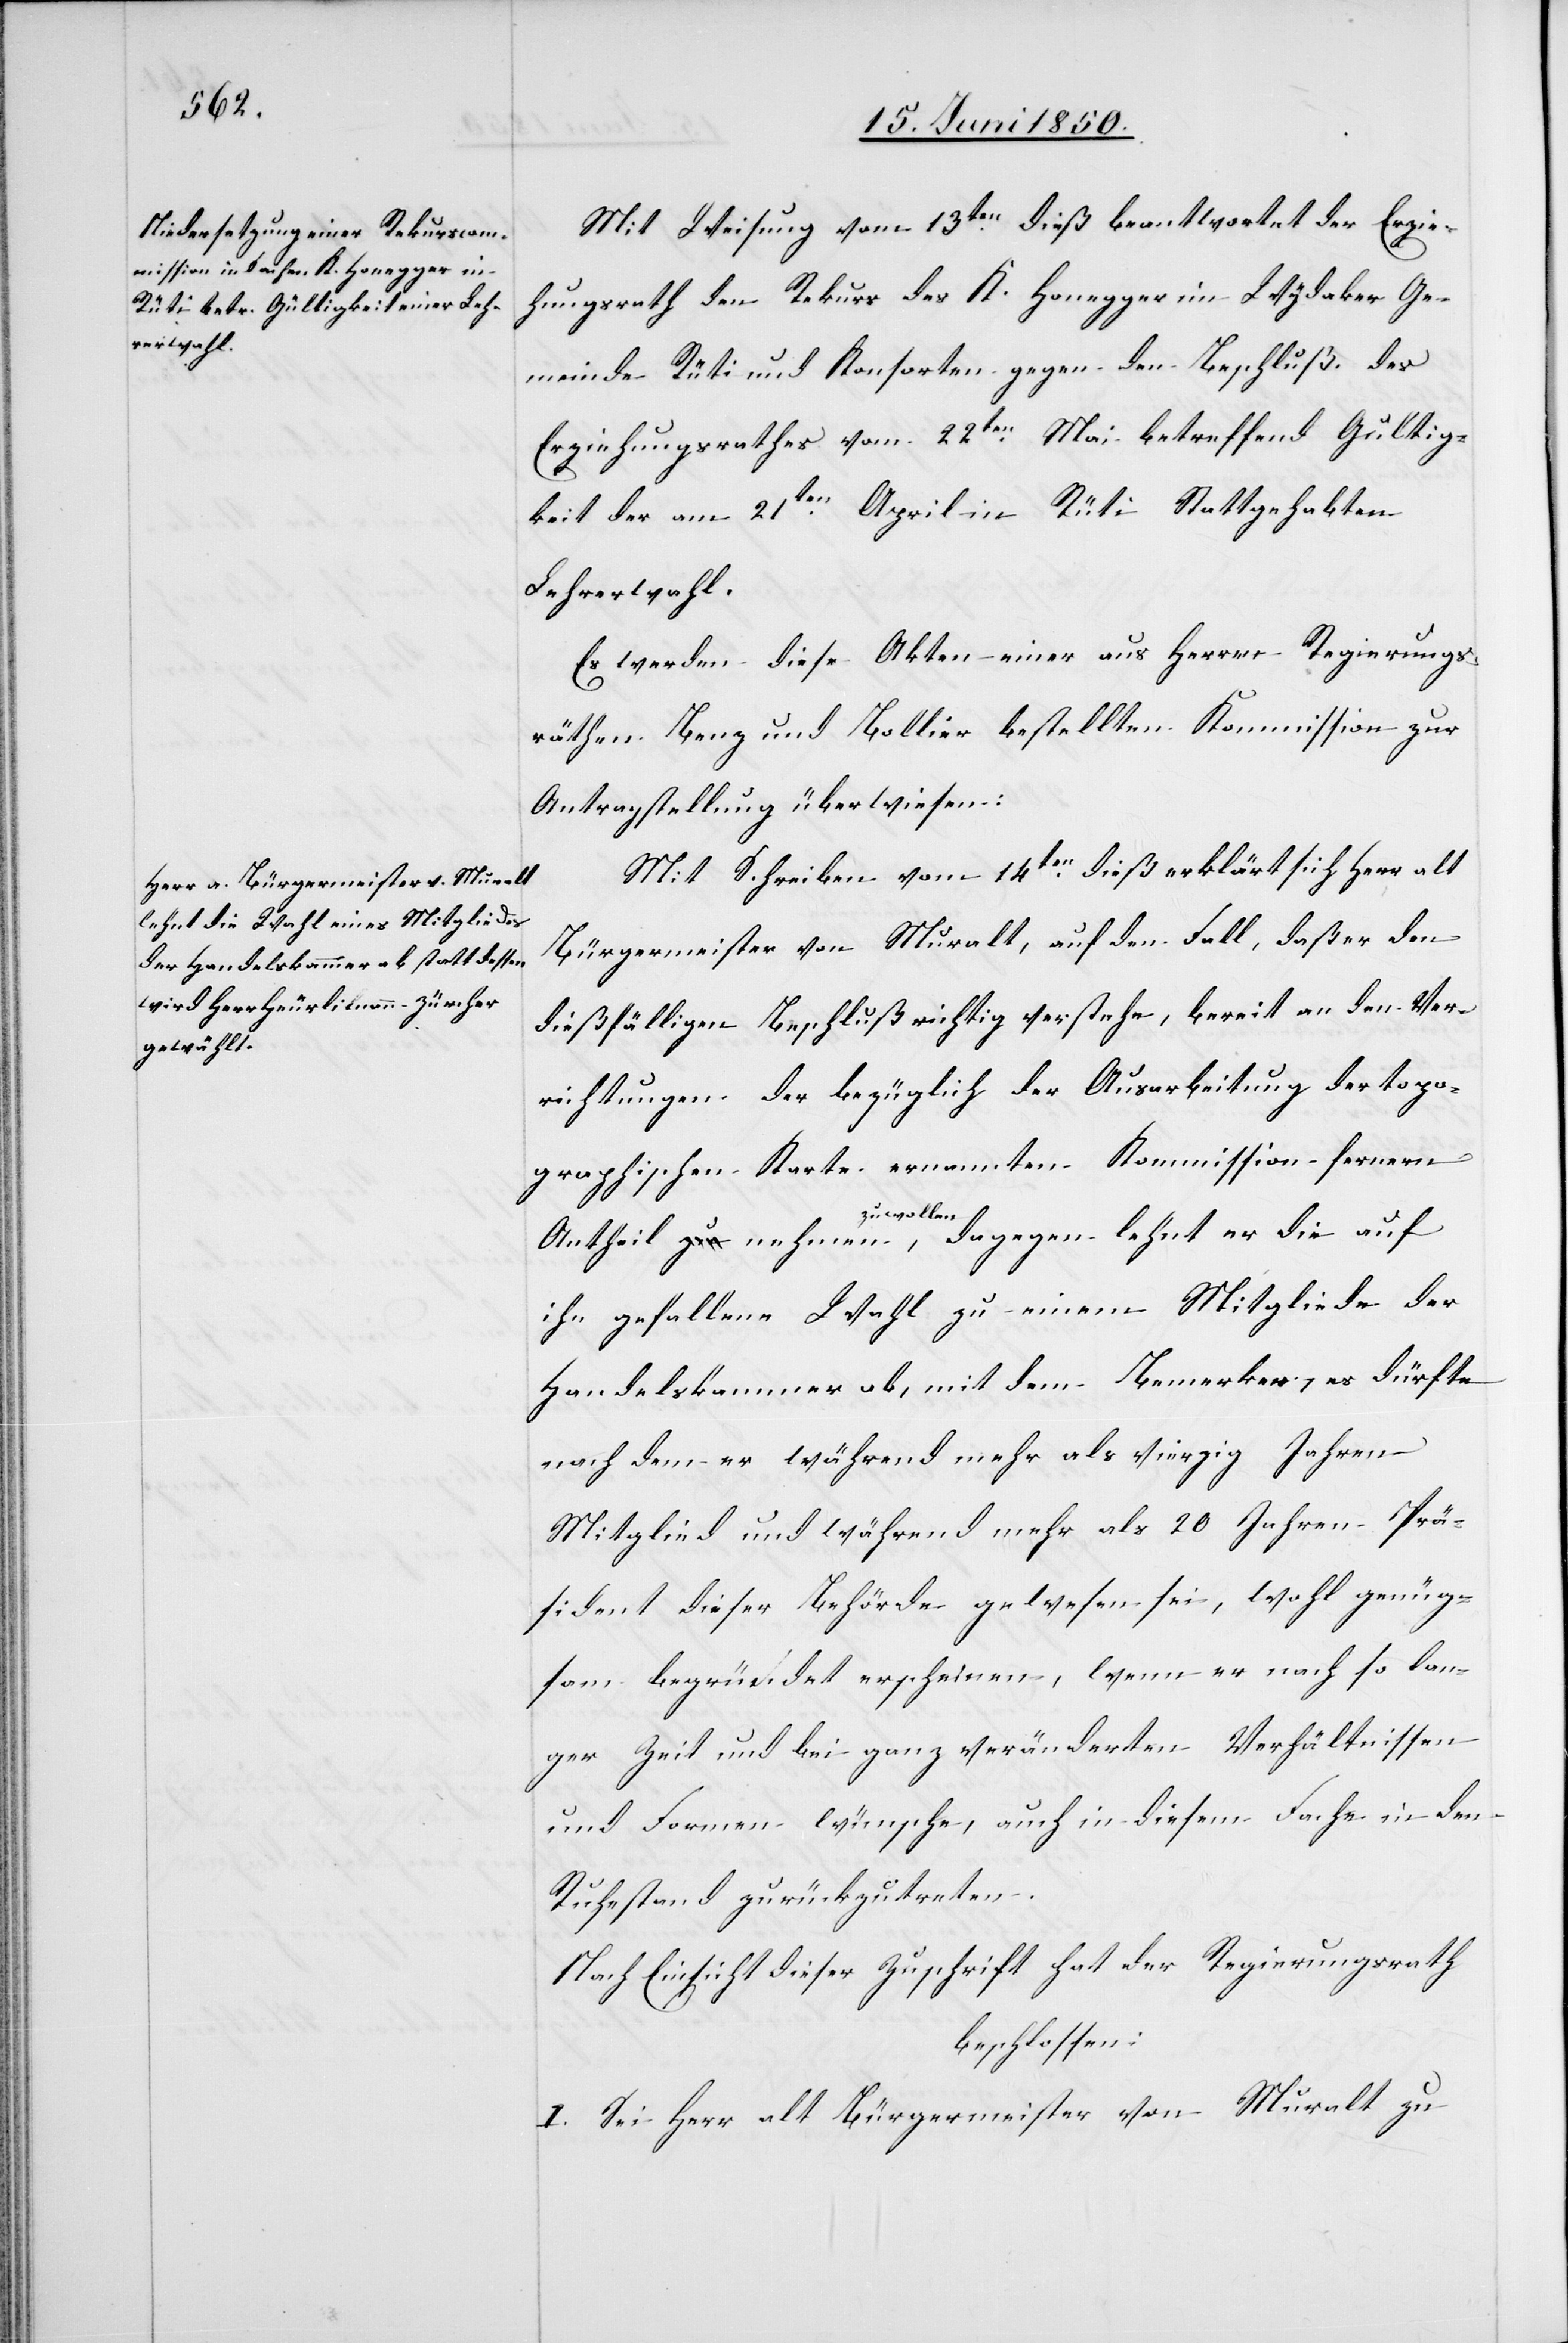
Mit Weisung vom 13ten dieß beantwortet der Erzie¬
hungsrath den Rekurs des K. Honegger im Wydaker Ge¬
meinde Rüti und Konsorten gegen den Beschluß des
Erziehungsrathes vom 22ten Mai betreffend Gultig¬
keit der am 21ten April in Rüti Stattgehabten
Lehrerwahl.
Es werden diese Akten einer aus Herren Regierungs¬
räthen Benz und Bollier bestellten Kommission zur
Antragstellung überwiesen:
Mit Schreiben vom 14ten dieß erklärt sich Herr alt
Bürgermeister von Muralt, auf den Fall, daß er den
dießfälligen Beschluß richtig verstehe, bereit an den Ver¬
richtungen der bezüglich der Ausarbeitung der topo¬
graphischen Karte ernannten Kommission fernern
Antheil nehmen zu wollen, dagegen lehnt er die auf
ihn gefallene Wahl zu einem Mitgliede der
Handelskammer ab, mit dem Bemerken, es dürfte
nachdem er während mehr als vierzig Jahren
Mitglied und während mehr als 20 Jahren Prä¬
sident dieser Behörde gewesen sei, wohl genüg¬
sam begründet erscheinen, wenn er nach so lan¬
ger Zeit und bei ganz veränderten Verhältnissen
und Formen wünsche, auch in diesem Fache in den
Ruhestand zurückzutreten.
Nach Einsicht dieser Zuschrift hat der Regierungsrath
beschlossen:
I. Sei Herr alt Bürgermeister von Muralt zu